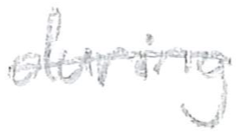
Text: during
Cross-out: single-line
Writing tool: pencil